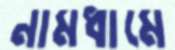
নামধামে